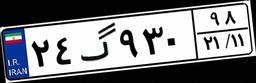
۵۲گ۸۳۲۶۶